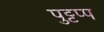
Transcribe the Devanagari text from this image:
पुट्टप्प